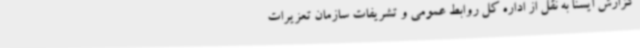
گزارش ایسنا به نقل از اداره کل روابط عمومی و تشریفات سازمان تعزیرات